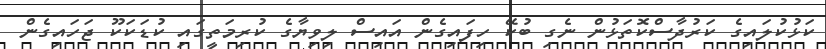
ކަޅުކުލައިގެ ކަރުދާސްކޮތަޅުން ނެގި ބުކޭ ހިފައިގެން އައިސް ލިވިޔާގެ ކުރިމަތީގައި ކުޑަކަކޫ ޖަހައިގެން